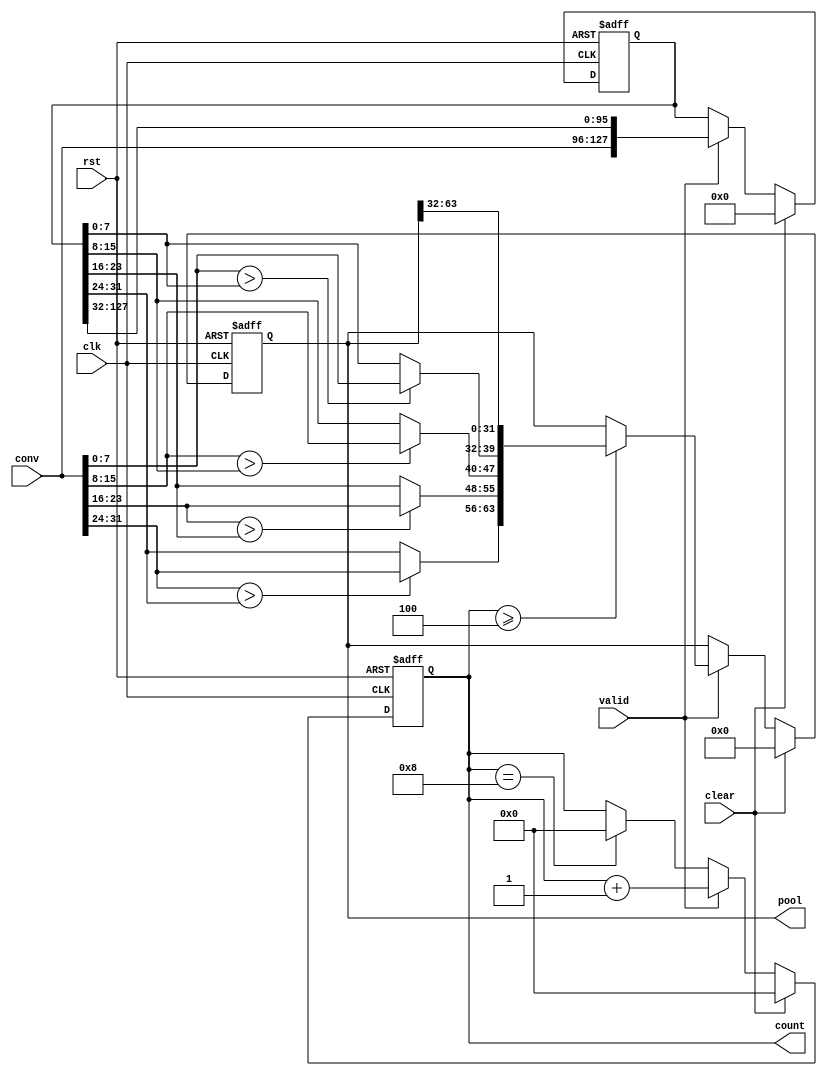
module convBuf(clk, rst, valid, clear, conv, pool, count);
input clk, rst;
input valid, clear;
input [31:0] conv;
output reg [63:0] pool;
output reg [3:0] count;

reg [127:0] conv_buffer;

wire [7:0] max[0:3];
assign max[0] = (conv[7:0]   > conv_buffer[7:0]  ) ? conv[7:0]   : conv_buffer[7:0]  ;
assign max[1] = (conv[15:8]  > conv_buffer[15:8] ) ? conv[15:8]  : conv_buffer[15:8] ;
assign max[2] = (conv[23:16] > conv_buffer[23:16]) ? conv[23:16] : conv_buffer[23:16];
assign max[3] = (conv[31:24] > conv_buffer[31:24]) ? conv[31:24] : conv_buffer[31:24];

always @ (posedge clk or posedge rst) begin
    if(rst) begin
        count <= 4'd0;
        pool <= 64'd0;
        conv_buffer <= 128'd0;
    end
    else begin
        if(clear)begin
            count <= 4'd0;
            pool <= 64'd0;
            conv_buffer <= 128'd0;
        end
        else begin
            if(valid) begin
                count <= count + 1;
                conv_buffer <= {conv, conv_buffer[127:32]};
                if(count >= 4) begin
                    pool <= {max[3], max[2], max[1], max[0], pool[63:32]};
                end
            end
            else if(count==8)
                count <= 0;  
        end
    end
end

endmodule